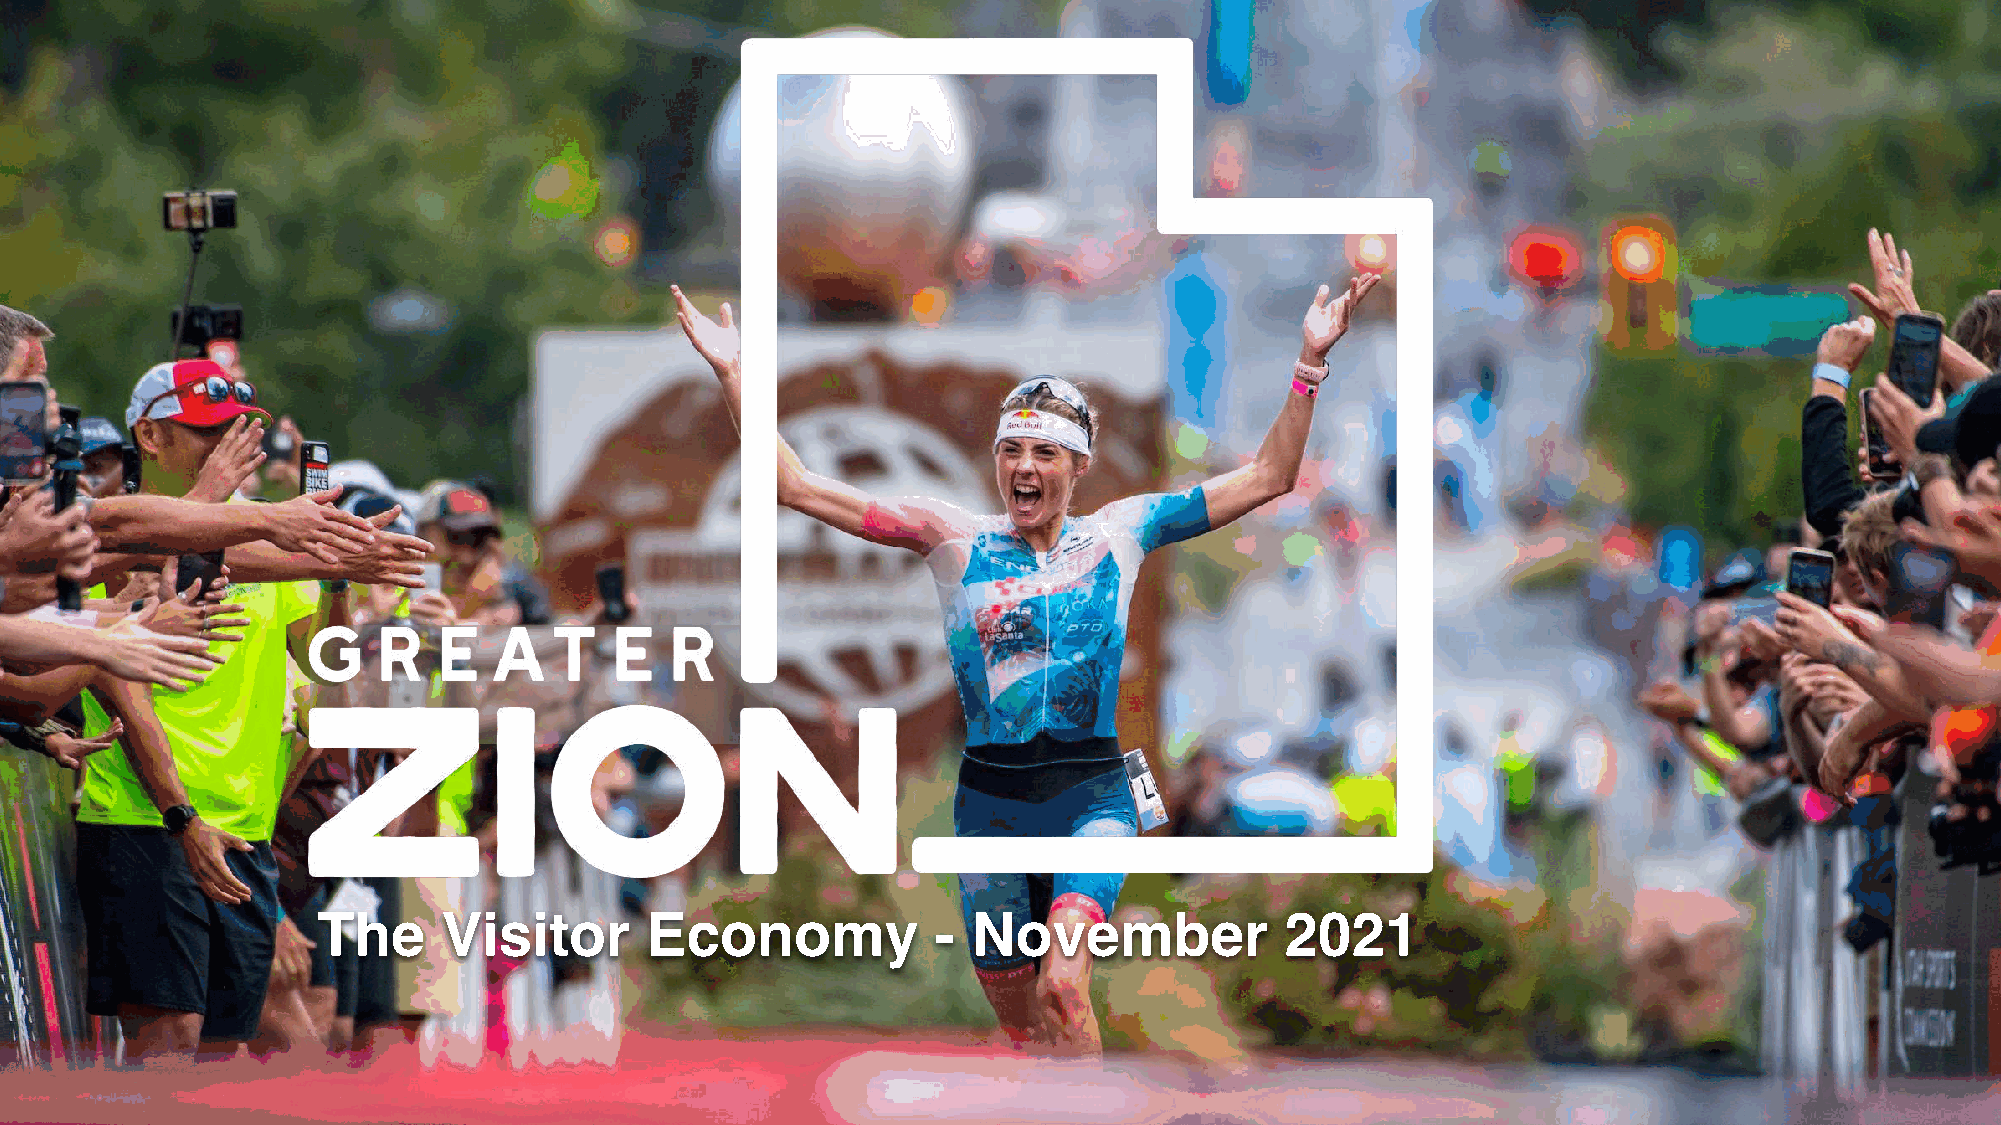
The     Visitor       Economy            - November             2021